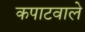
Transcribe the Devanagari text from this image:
कपाटवाले